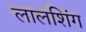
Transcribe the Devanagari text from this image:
लालशिंग